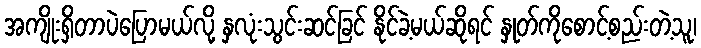
အကျိုးရှိတာပဲပြောမယ်လို့ နှလုံးသွင်းဆင်ခြင် နိုင်ခဲ့မယ်ဆိုရင် နှုတ်ကိုစောင့်စည်းတဲ့သူ၊